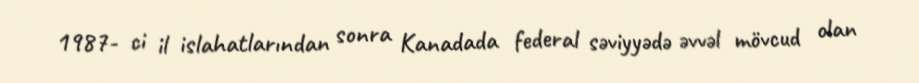
1987- ci il islahatlarından sonra Kanadada federal səviyyədə əvvəl mövcud olan